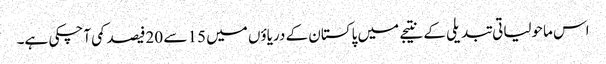
اس ماحولیاتی تبدیلی کے نتیجے میں پاکستان کے دریاؤں میں 15 سے 20فیصد کمی آچکی ہے۔